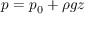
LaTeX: p = p _ { 0 } + \rho g z